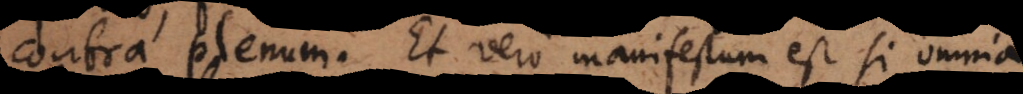
contra plenum. Et vero manifestum est si omnia